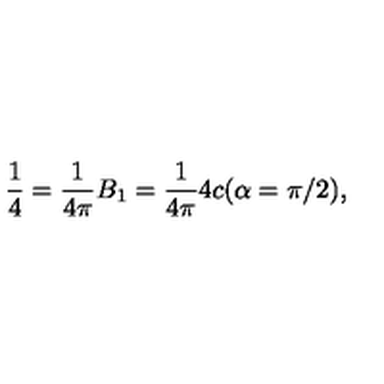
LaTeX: \frac { 1 } { 4 } = \frac { 1 } { 4 \pi } B _ { 1 } = \frac { 1 } { 4 \pi } 4 c ( \alpha = \pi / 2 ) { , }